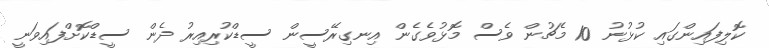
ކޮލިފައިންގައި ކުޅުނު 10 މެޗުން ވެސް މޮޅުވެގެން އިނގިރޭސީން ސީޑްކުރިއިރު ދެން ސީޑްކޮށްފައިވަނީ